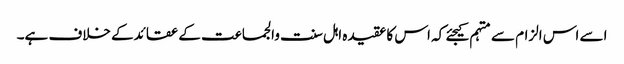
اسے اس الزام سے متہم کیجئے کہ اس کا عقیدہ اہل سنت والجماعت کے عقائدکے خلاف ہے۔